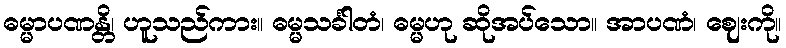
ဓမ္မာပဏန္တိ၊ ဟူသည်ကား။ ဓမ္မသင်္ခါတံ၊ ဓမ္မဟု ဆိုအပ်သော။ အာပဏံ၊ ဈေးကို။